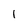
Character: 1